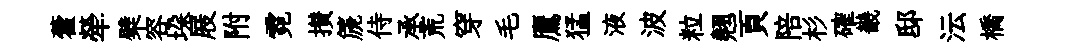
藿犖檗容垜屐附霓攅篪侍承荒穿毛鷹猛液波粒翹頁陪杉確畿邸沄橋